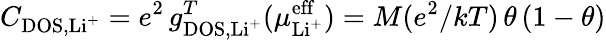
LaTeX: C_{\mathrm{DOS},\mathrm{Li^{+}}}=e^{2}\, g_{\mathrm{DOS},\mathrm{Li^{+}}}^{T}(\mu_{\mathrm{Li^{+}}}^{\mathrm{eff}})=M(e^{2}/kT)\, \theta\, (1-\theta)